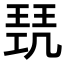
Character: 𭹥